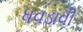
ધવડાવી